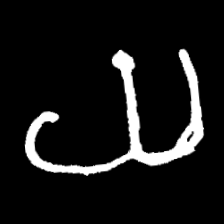
Pyu character \u2014 Myanmar letter: ယ (romanized: ya)